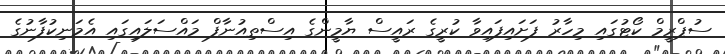
ސުޕްރީމް ކޯޓުގައި މިހާރު ފަށައިފައިވާ ކުރީގެ ރައީސް ޔާމީންގެ އިސްތިއުނާފް މައްސަލައިގައި އެމަނިކުފާނުގެ